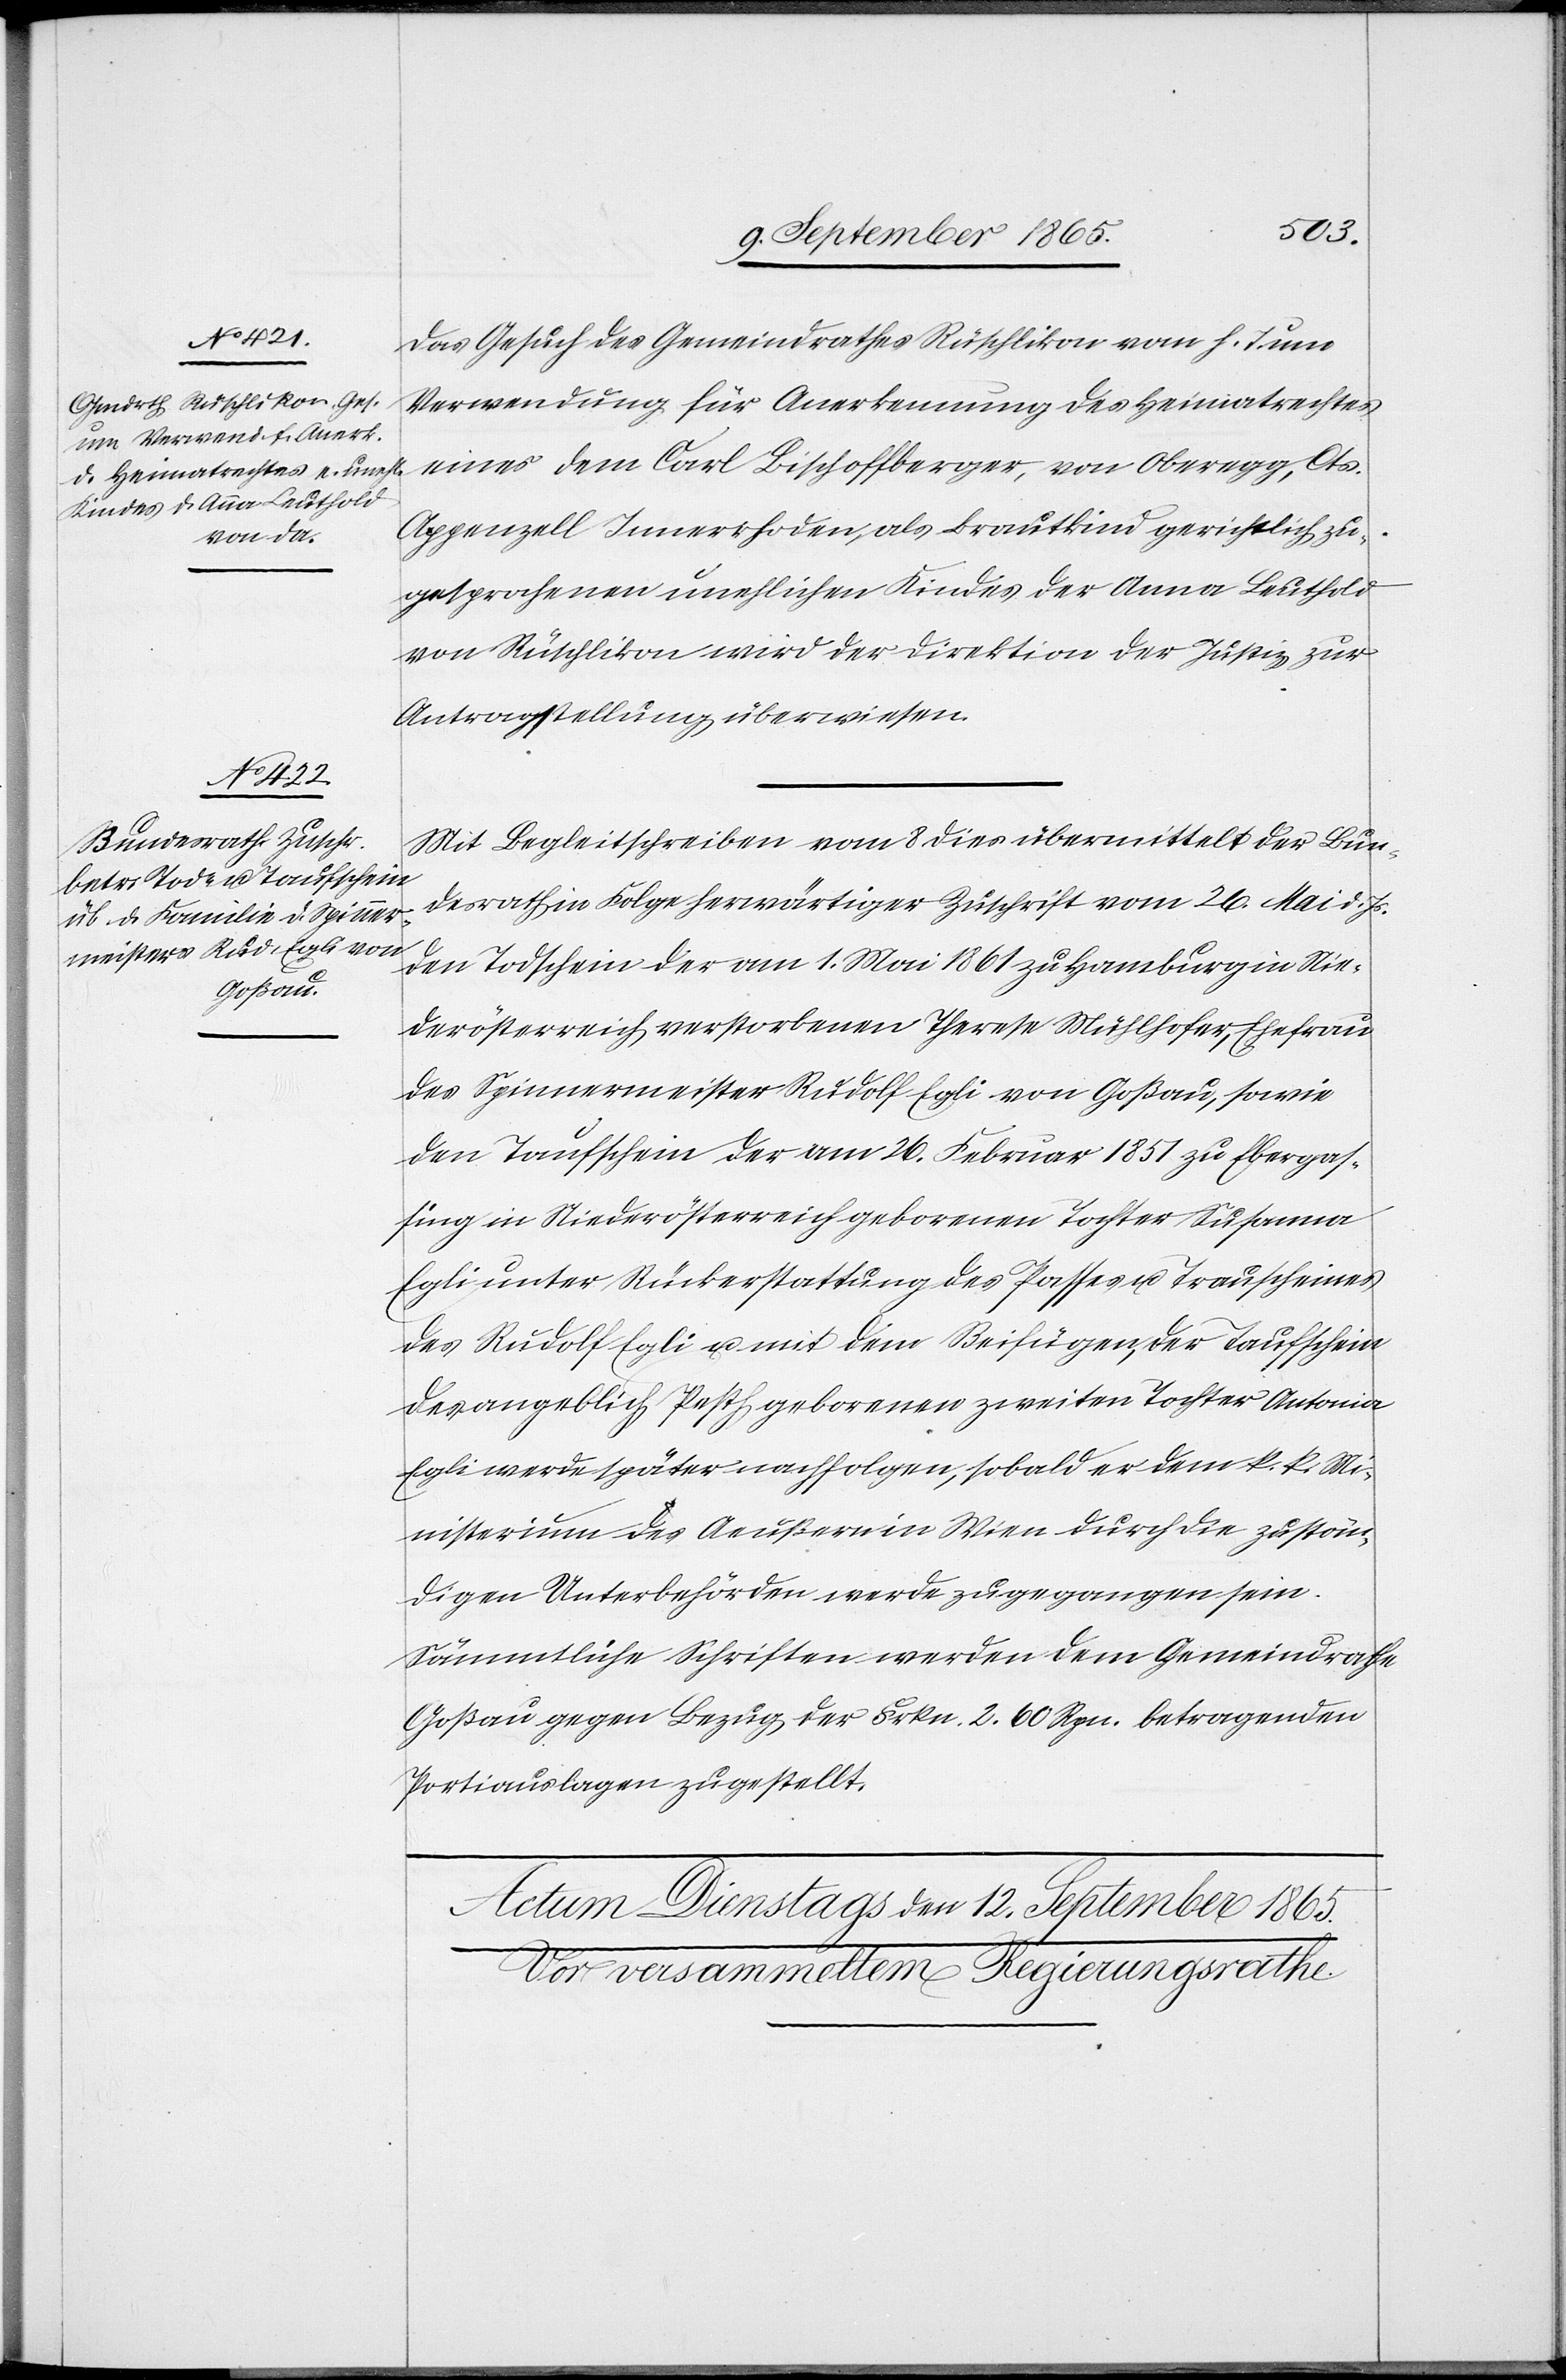
11. September 1865.]
Das Gesuch des Gemeindrathes Rüschlikon vom h. T. um
Verwendung für Anerkennung des Heimatrechtes
eines dem Carl Bischoffberger, von Oberegg, Cts.
Appenzell Innerrhoden, als Brautkind gerichtlich zu¬
gesprochenen unehlichen Kindes der Anna Leuthold
von Rüschlikon wird der Direktion der Justiz zur
Antragstellung überwiesen.
Mit Begleitschreiben vom 8. dies übermittelt der Bun¬
desrath in Folge herwärtiger Zuschrift vom 26. Mai d. Js.
den Todschein der am 1. Mai 1861 zu Hamburg in Nie¬
derösterreich verstorbenen Therese Mühlhofer, Ehefrau
des Spinnermeister Rudolf Egli von Goßau, sowie
den Taufschein der am 26. Februar 1851 zu Ebergas¬
sung in Niederösterreich geborenen Tochter Susanna
Egli unter Rückerstattung des Passes u. Trauscheines
des Rudolf Egli u. mit dem Beifügen, der Todschein
der] angeblich [in] Pesth geborenen zweiten Tochter Antonia
Egli werde später nachfolgen, sobald er dem K. K. Mi¬
nisterium des Aeußern in Wien durch die zustän¬
digen Unterbehörden werde zugegangen sein.
Sämmtliche Schriften werden dem Gemeindrathe
Goßau gegen Bezug der Frkn. 2. 60 Rpn. betragenden
Portiauslagen zugestellt.